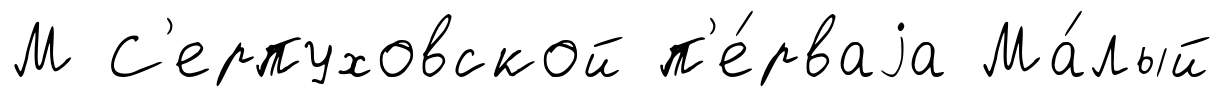
М С'ерпуховской п'е́рваjа Ма́лый